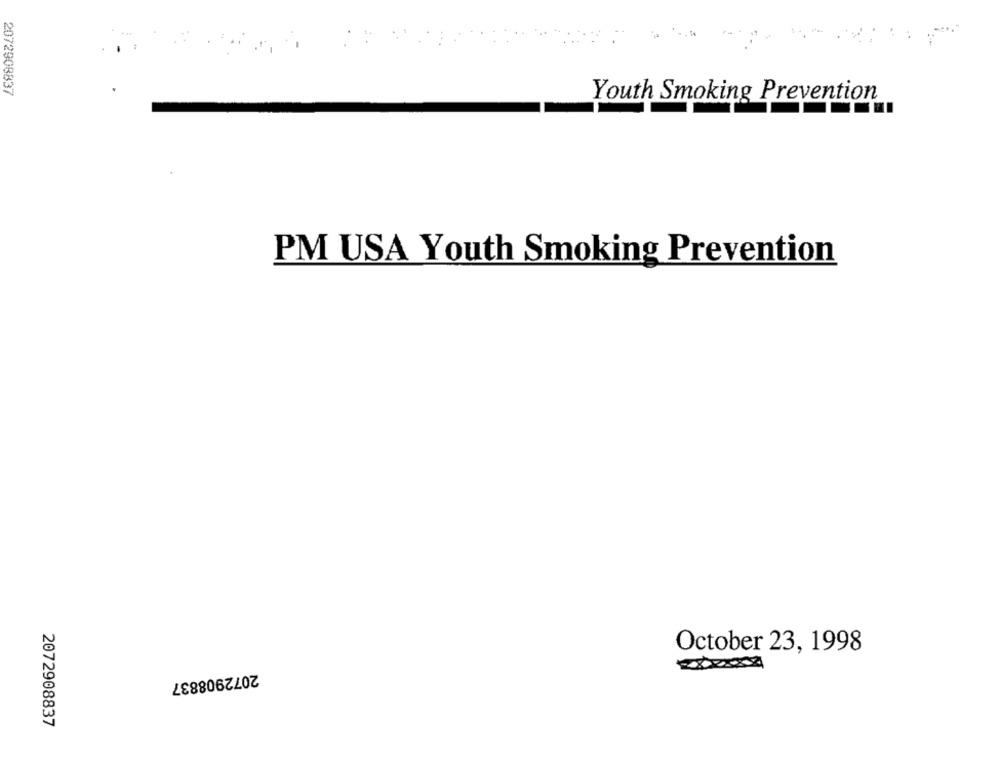
2072900837
Youth Smoking Prevention
PM USA Youth Smoking Prevention
October 23, 1998
2072908837
2072908837